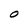
Character: O